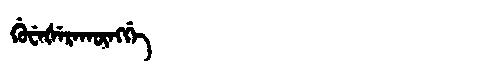
Manchu: ᡤᡠᠸᡝᡧᡝᡵᠠᡴᡡᠩᡤᡝ
Romanization: GUWEŠERAKŪNGGE